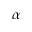
\alpha